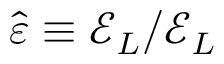
\hat { \v { \varepsilon } } \equiv \ensuremath { \boldsymbol { \mathcal { E } } } _ { L } / \mathcal { E } _ { L }